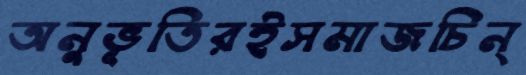
অনুভূতিরইসমাজচিন্